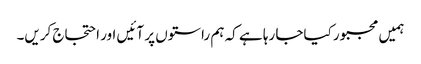
ہمیں مجبور کیاجا رہا ہے کہ ہم راستوں پر آئیں اور احتجاج کریں۔